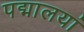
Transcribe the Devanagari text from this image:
पद्मालयां